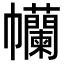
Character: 𢆄